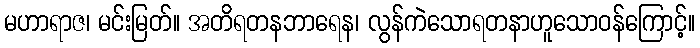
မဟာရာဇ၊ မင်းမြတ်။ အတိရတနဘာရေန၊ လွန်ကဲသောရတနာဟူသောဝန်ကြောင့်။